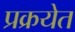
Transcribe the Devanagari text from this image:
प्रक्रयेत